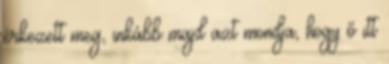
érkezett meg, inkább majd azt mondja, hogy ő itt